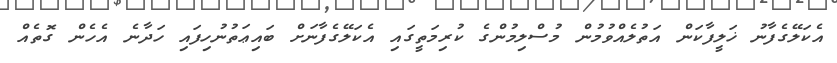
އެކަލޭގެފާނު ޚަލީފާކަން އަތުލެއްވުމުން މުސްލިމުންގެ ކުރިމަތީގައި އެކަލޭގެފާނަށް ބައިޢަތުނުހިފައި ހަދާނެ އެހެން ގޮތެއް